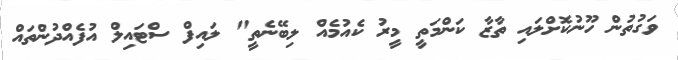
ވަގުތުން ހޫނުކޮށްލައި ތާޒާ ކަންމަތީ މީރު ކެއުމެއް ލިބޭނެތީ" ލައިފް ސްޓައިލް އުފެއްދުންތައް